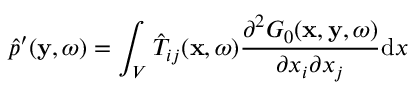
\hat { p } ^ { \prime } ( \mathbf { y } , \omega ) = \int _ { V } \hat { T } _ { i j } ( \mathbf { x } , \omega ) \frac { \partial ^ { 2 } G _ { 0 } ( \mathbf { x } , \mathbf { y } , \omega ) } { \partial x _ { i } \partial x _ { j } } \mathrm { d } x